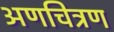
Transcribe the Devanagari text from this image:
अणचित्रण